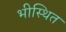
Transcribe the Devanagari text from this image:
भीस्थित